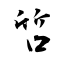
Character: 啠